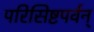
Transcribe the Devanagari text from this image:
परिसिष्टपर्वन्‌